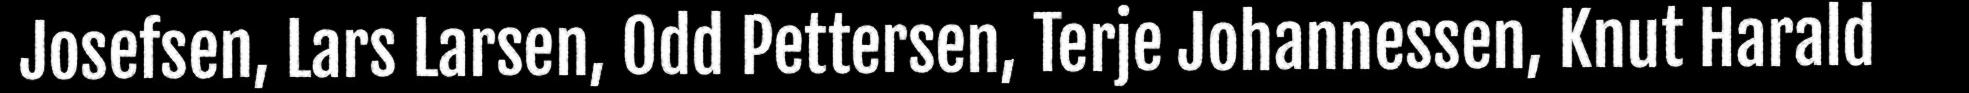
Josefsen, Lars Larsen, Odd Pettersen, Terje Johannessen, Knut Harald